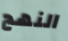
النهج